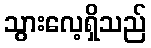
သွားလေ့ရှိသည်